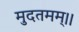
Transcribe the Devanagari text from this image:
मुदतमम्।।